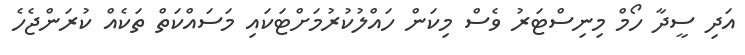
އަދި ސީދާ ހޯމް މިނިސްޓަރު ވެސް މިކަން ހައްލުކުރުމަށްޓަކައި މަސައްކަތް ތަކެއް ކުރަންޖެހެ